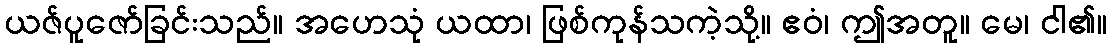
ယဇ်ပူဇော်ခြင်းသည်။ အဟေသုံ ယထာ၊ ဖြစ်ကုန်သကဲ့သို့။ ဧဝံ၊ ဤအတူ။ မေ၊ ငါ၏။